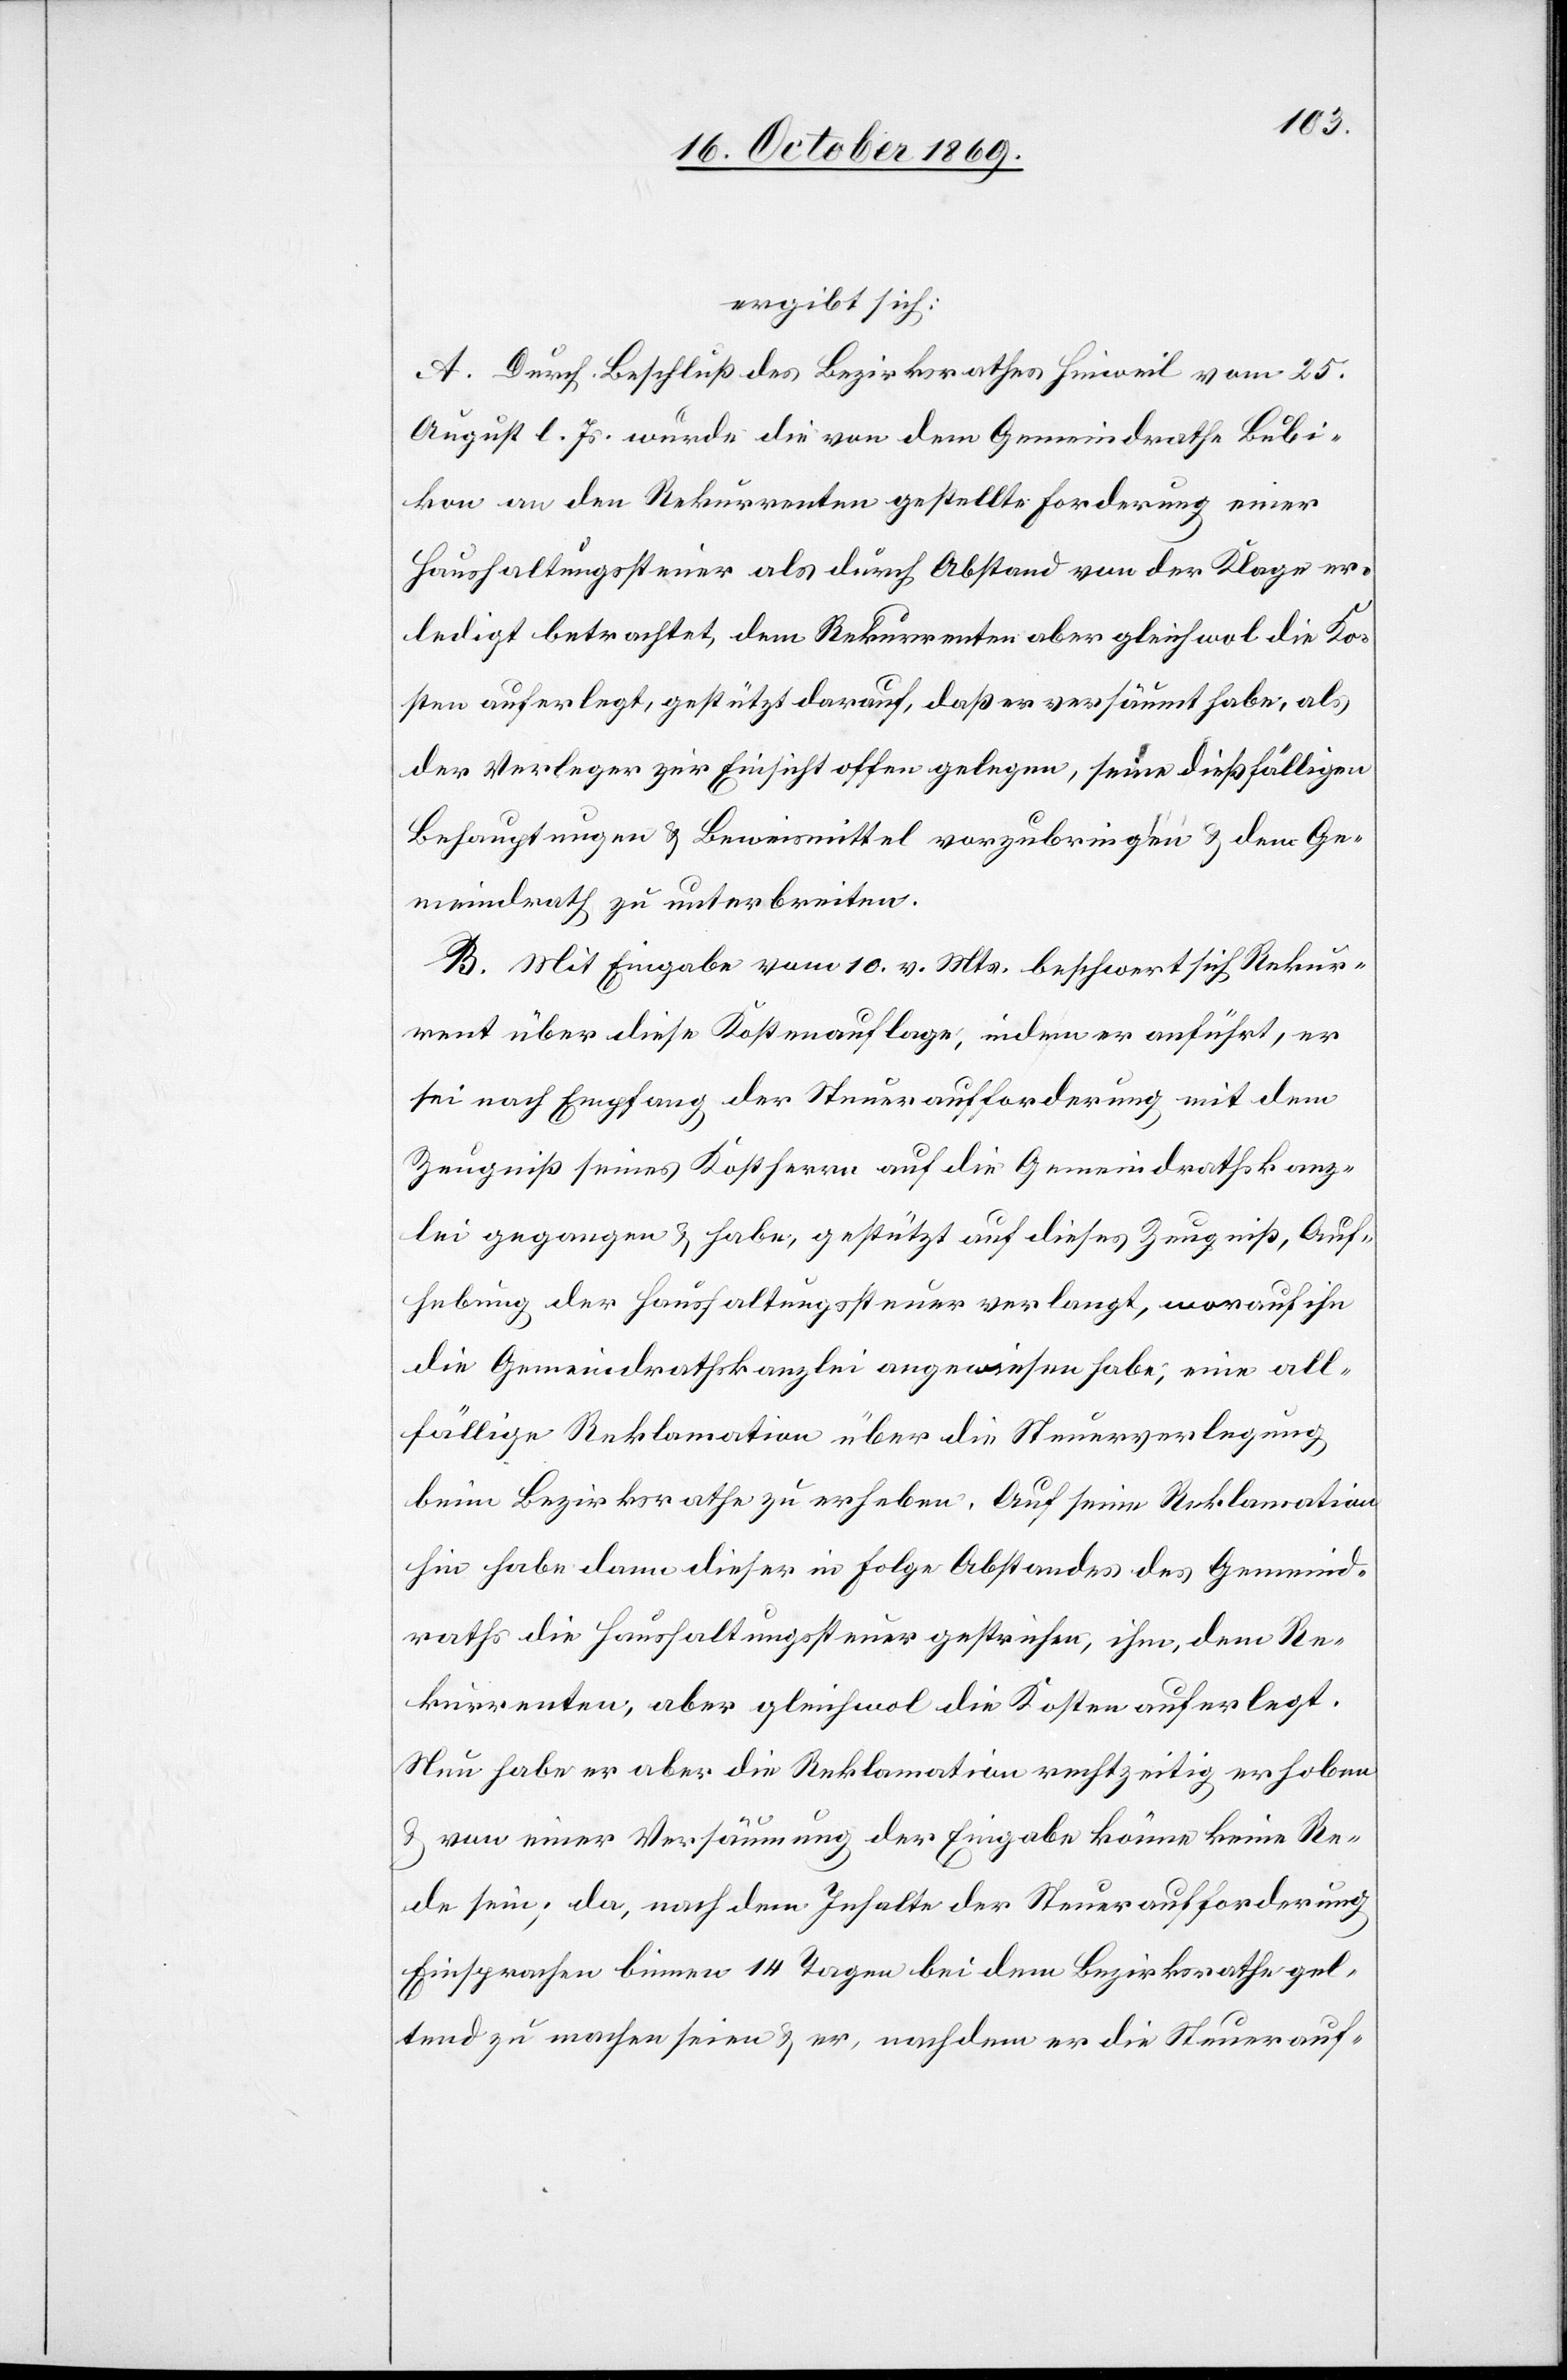
ergibt sich:
A. Durch Beschluß des Bezirksrathes Hinweil vom 25.
August l. Js. wurde die von dem Gemeindrathe Bubi¬
kon an den Rekurrenten gestellte Forderung einer
Haushaltungssteuer als durch Abstand von der Klage er¬
ledigt betrachtet, dem Rekurrenten aber gleichwol die Ko¬
sten auferlegt, gestützt darauf, daß er versäumt habe, als
der Verleger zur Einsicht offen gelegen, seine dießfälligen
Behauptungen & Beweismittel vorzubringen & dem Ge¬
meindrath zu unterbreiten.
B. Mit Eingabe vom 10. v. Mts. beschwert sich Rekur¬
rent über diese Kostenauflage, indem er anführt, er
sei nach Empfang der Steueraufforderung mit dem
Zeugniß seines Kostherrn auf die Gemeindrathskanz¬
lei gegangen & habe, gestützt auf dieses Zeugniß, Auf¬
hebung der Haushaltungssteuer verlangt, worauf ihn
die Gemeindrathskanzlei angewiesen habe, eine all¬
fällige Reklamation über die Steuerverlegung
beim Bezirksrathe zu erheben. Auf seine Reklamation
hin habe dann dieser in Folge Abstandes des Gemeind¬
raths die Haushaltungssteuer gestrichen, ihm, dem Re¬
kurrenten, aber gleichwol die Kosten auferlegt.
Nun habe er aber die Reklamation rechtzeitig erhoben
& von einer Versäumung der Eingabe könne keine Re¬
de sein; da, nach dem Inhalte der Steueraufforderung
Einsprachen binnen 14 Tagen bei dem Bezirksrathe gel¬
tend zu machen seien & er, nachdem er die Steuerauf-